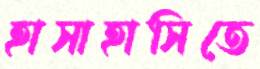
হাসাহাসিতে